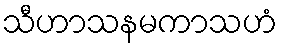
သီဟာသနမကာသဟံ